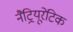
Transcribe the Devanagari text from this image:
नैट्रियूरेटिक